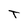
Character: T